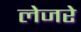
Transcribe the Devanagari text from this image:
लेजरे